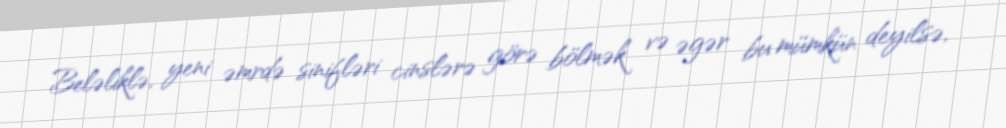
Beləliklə, yeni əmrdə sinifləri cinslərə görə bölmək və əgər bu mümkün deyilsə,